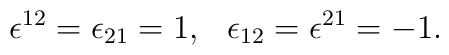
\epsilon^{12}=\epsilon_{21}=1, \hskip .3truecm\epsilon_{12}=\epsilon^{21}=-1.